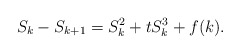
\begin{align*}S_k - S_{k + 1} = S_k^2 + t S_k^3 + f(k).\end{align*}